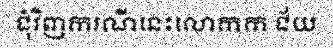
ជុំវិញករណីនេះលោកក ជ័យ